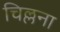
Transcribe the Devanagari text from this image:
चिल्लना